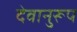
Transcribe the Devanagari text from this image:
देवानुरूप